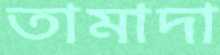
তামাদা